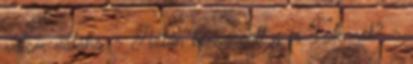
vótam valaha. - Aztán könyörgött a jó Istennek? -